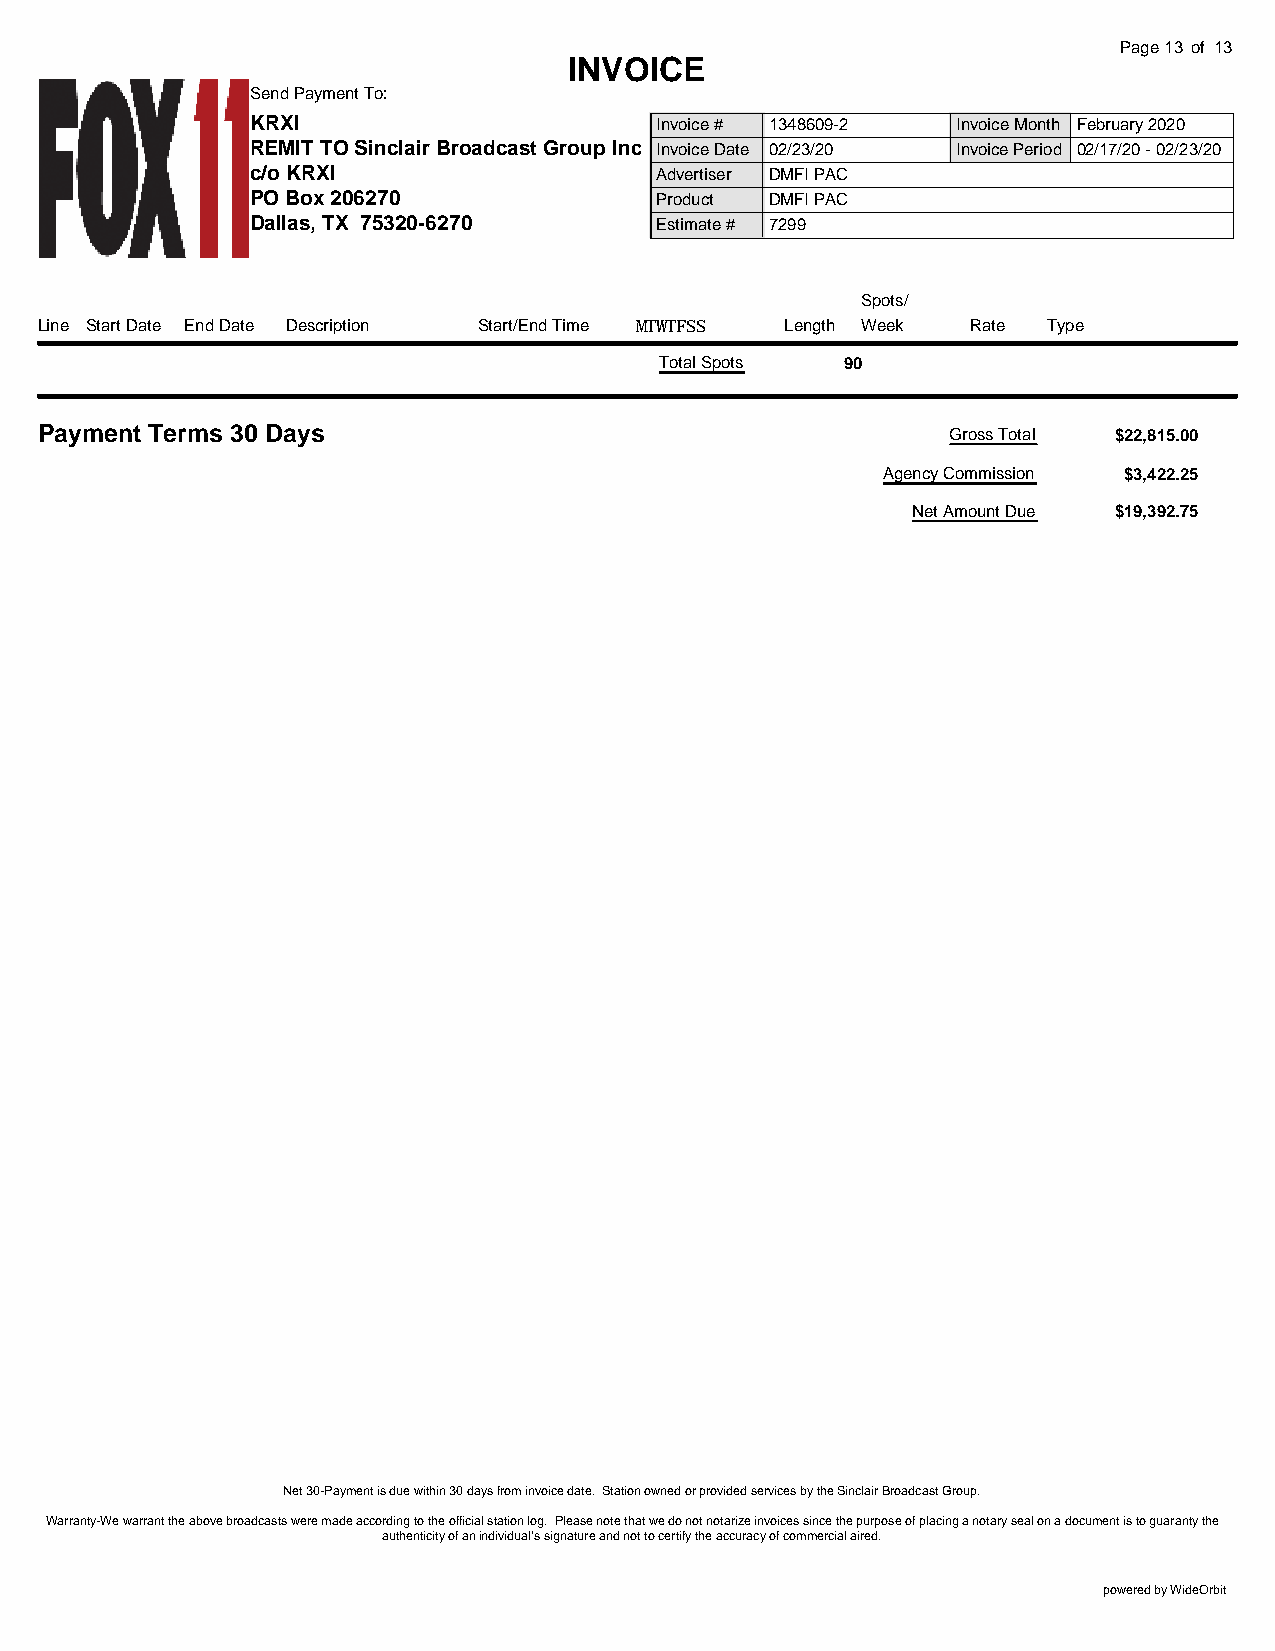
Page13 of 13
 INVOICE
 Send Payment To:
 KRXI                      Invoice # 1348609-2 Invoice Month February 2020
 REMIT TO Sinclair Broadcast Group Inc Invoice Date 02/23/20 Invoice Period 02/17/20 - 02/23/20
 c/o KRXI                  Advertiser DMFI PAC
 PO Box 206270             Product DMFI PAC
 Dallas, TX 75320-6270     Estimate # 7299
 Spots/
 Line Start Date End Date Description Start/End Time MTWTFSS Length Week Rate Type
 Total Spots 90
 Payment Terms 30 Days                                        Gross Total $22,815.00
 Agency Commission $3,422.25
 Net Amount Due $19,392.75
 Net 30-Payment is due within 30 days from invoice date. Station owned or provided services by the Sinclair Broadcast Group.
 Warranty-We warrant the above broadcasts were made according to the official station log. Please note that we do not notarize invoices since the purpose of placing a notary seal on a document is to guaranty the
 authenticity of an individual’s signature and not to certify the accuracy of commercial aired.
 powered by WideOrbit